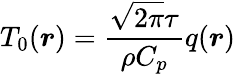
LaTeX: T_{0}(\boldsymbol{r})=\frac{\sqrt{2\pi}\tau}{\rho C_{p}}q(\boldsymbol{r})